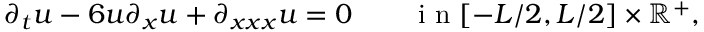
\partial _ { t } u - 6 u \partial _ { x } u + \partial _ { x x x } u = 0 \qquad \mathrm { ~ i ~ n ~ } [ - L / 2 , L / 2 ] \times \mathbb { R } ^ { + } ,